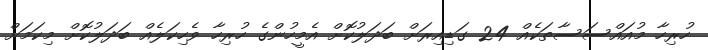
ހުރިހާ މުއައްސަސާތަކެއް 24 ގަޑިއިރަށް ބަދަލުކޮށް އެމީހުންގެ ހުރިހާ ވެހިކަލެއް ބަދަލުކޮށް މިކަމަށް